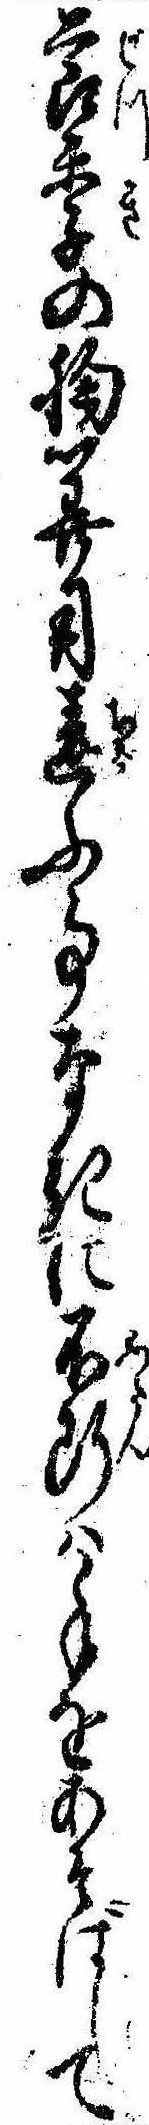
節季の胸算用違ふ事なきに不断は手をあそばして